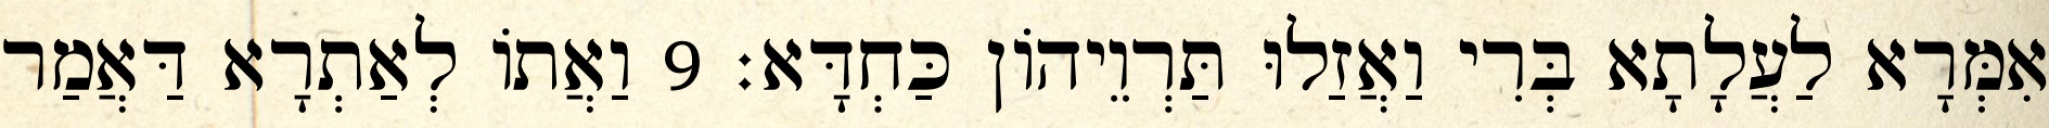
אִמְּרָא לַעֲלָתָא בְּרִי וַאֲזַלוּ תַּרְוֵיהוֹן כַּחְדָּא׃ 9 וַאֲתוֹ לְאַתְרָא דַּאֲמַר